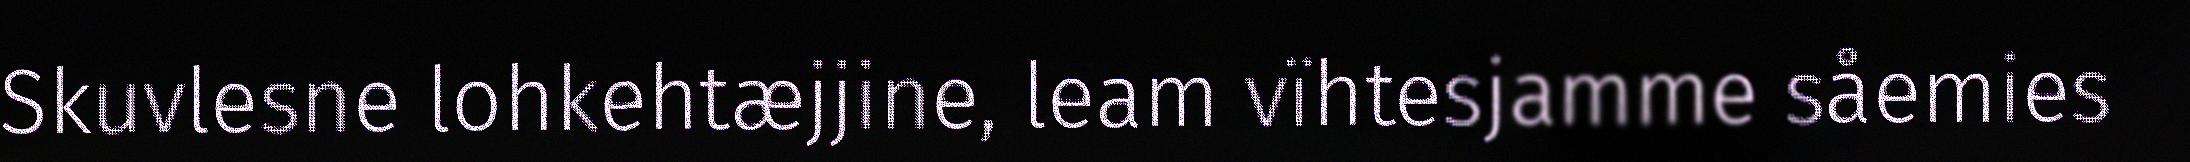
Skuvlesne lohkehtæjjine, leam vïhtesjamme såemies